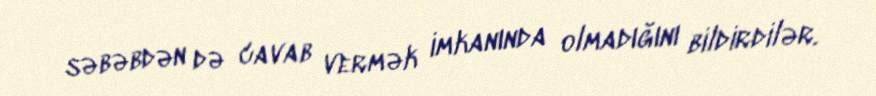
səbəbdən də cavab vermək imkanında olmadığını bildirdilər.